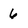
Character: 6